Some observations on the morphology and mechanism of the parts in the orthorrapha - Number 58
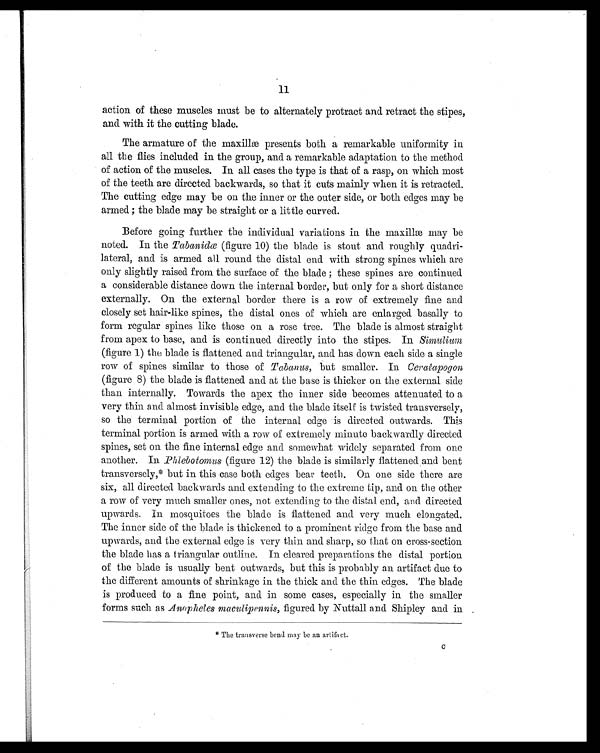
11
action of these muscles must be to alternately protract and retract the stipes,
and with it the cutting blade.
The armature of the maxillæ presents both a remarkable uniformity in
all the flies included in the group, and a remarkable adaptation to the method
of action of the muscles. In all cases the type is that of a rasp, on which most
of the teeth are directed backwards, so that it cuts mainly when it is retracted.
The cutting edge may be on the inner or the outer side, or both edges may be
armed ; the blade may be straight or a little curved.
Before going further the individual variations in the maxillæ may be
noted. In the Tabanidæ (figure 10) the blade is stout and roughly quadri-
lateral, and is armed all round the distal end with strong spines which are
only slightly raised from the surface of the blade ; these spines are continued
a considerable distance down the internal border, but only for a short distance
externally. On the external border there is a row of extremely fine and
closely set hair-like spines, the distal ones of which are enlarged basally to
form regular spines like those on a rose tree. The blade is almost straight
from apex to base, and is continued directly into the stipes. In Simulium
(figure 1) the blade is flattened and triangular, and has down each side a single
row of spines similar to those of Tabanus, but smaller. In Ceracapogon
(figure 8) the blade is flattened and at the base is thicker on the external side
than internally. Towards the apex the inner side becomes attenuated to a
very thin and almost invisible edge, and the blade itself is twisted transversely,
so the terminal portion of the internal edge is directed outwards. This
terminal portion is armed with a row of extremely minute backwardly directed
spines, set on the fine internal edge and somewhat widely separated from one
another. In Phlebotomus (figure 12) the blade is similarly flattened and bent
transversely,* but in this case both edges bear teeth. On one side there are
six, all directed backwards and extending to the extreme tip, and on the other
a row of very much smaller ones, not extending to the distal end, and directed.
upwards. In mosquitoes the blade is flattened and very much elongated.
The inner side of the blade is thickened to a prominent ridge from the base and.
upwards, and the external edge is very thin and sharp, so that on cross-section
the blade has a triangular outline. In cleared preparations the distal portion
of the blade is usually bent outwards, but this is probably an artifact due to
the different amounts of shrinkage in the thick and the thin edges. The blade
is produced to a fine point, and in some cases, especially in the smaller
forms such as Anopheles maculipennis, figured by Nuttall and Shipley and in
*The transverse bend may be an artifact.
c